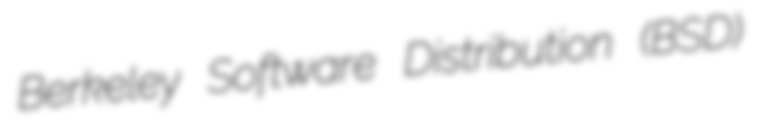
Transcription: Berkeley Software Distribution (BSD)